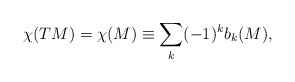
\begin{align*}\chi(TM) = \chi(M) \equiv \sum_{k}(-1)^{k}b_{k}(M),\end{align*}